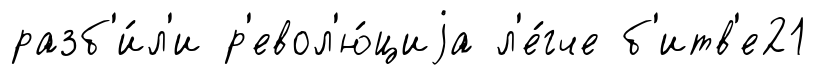
разб'и́л'и р'евол'ю́циjа л'е́гче б'итв'е21